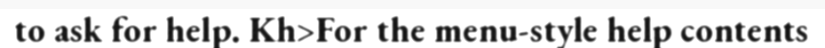
to ask for help. Kh>For the menu-style help contents